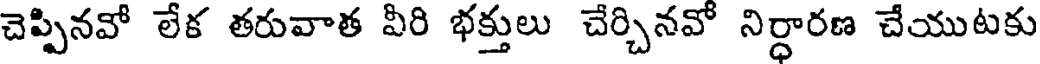
చెప్పినవో లేక తరువాత వీరి భక్తులు చేర్చినవో నిర్ధారణ చేయుటకు